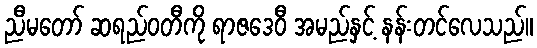
ညီမတော် ဆရည်ဝတီကို ရာဇဒေဝီ အမည်နှင့် နန်းတင်လေသည်။